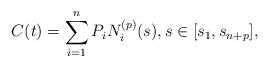
LaTeX: \begin{align*}C(t)=\sum_{i=1}^n P_i N_i^{(p)}(s), s\in[s_1,s_{n+p}],\end{align*}